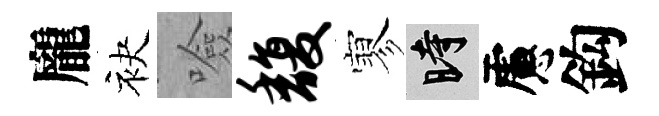
龐袂噞馥寥时慮鈎